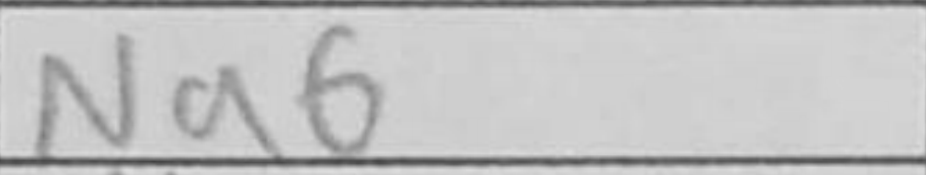
Transcription: Na6